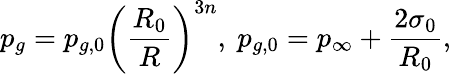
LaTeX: p_{g}=p_{g,0}\left(\frac{R_{0}}{R}\right)^{3n},\ p_{g,0}=p_{\infty}+\frac{2\sigma_{0}}{R_{0}},